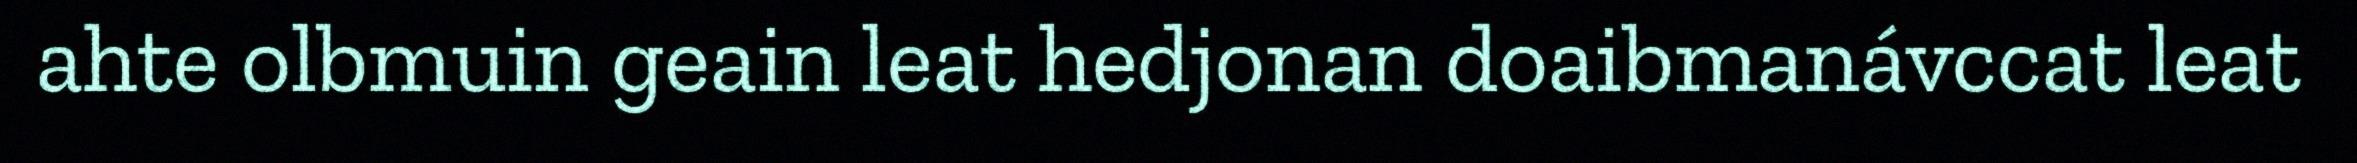
ahte olbmuin geain leat hedjonan doaibmanávccat leat